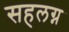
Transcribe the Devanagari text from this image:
सहलग्न